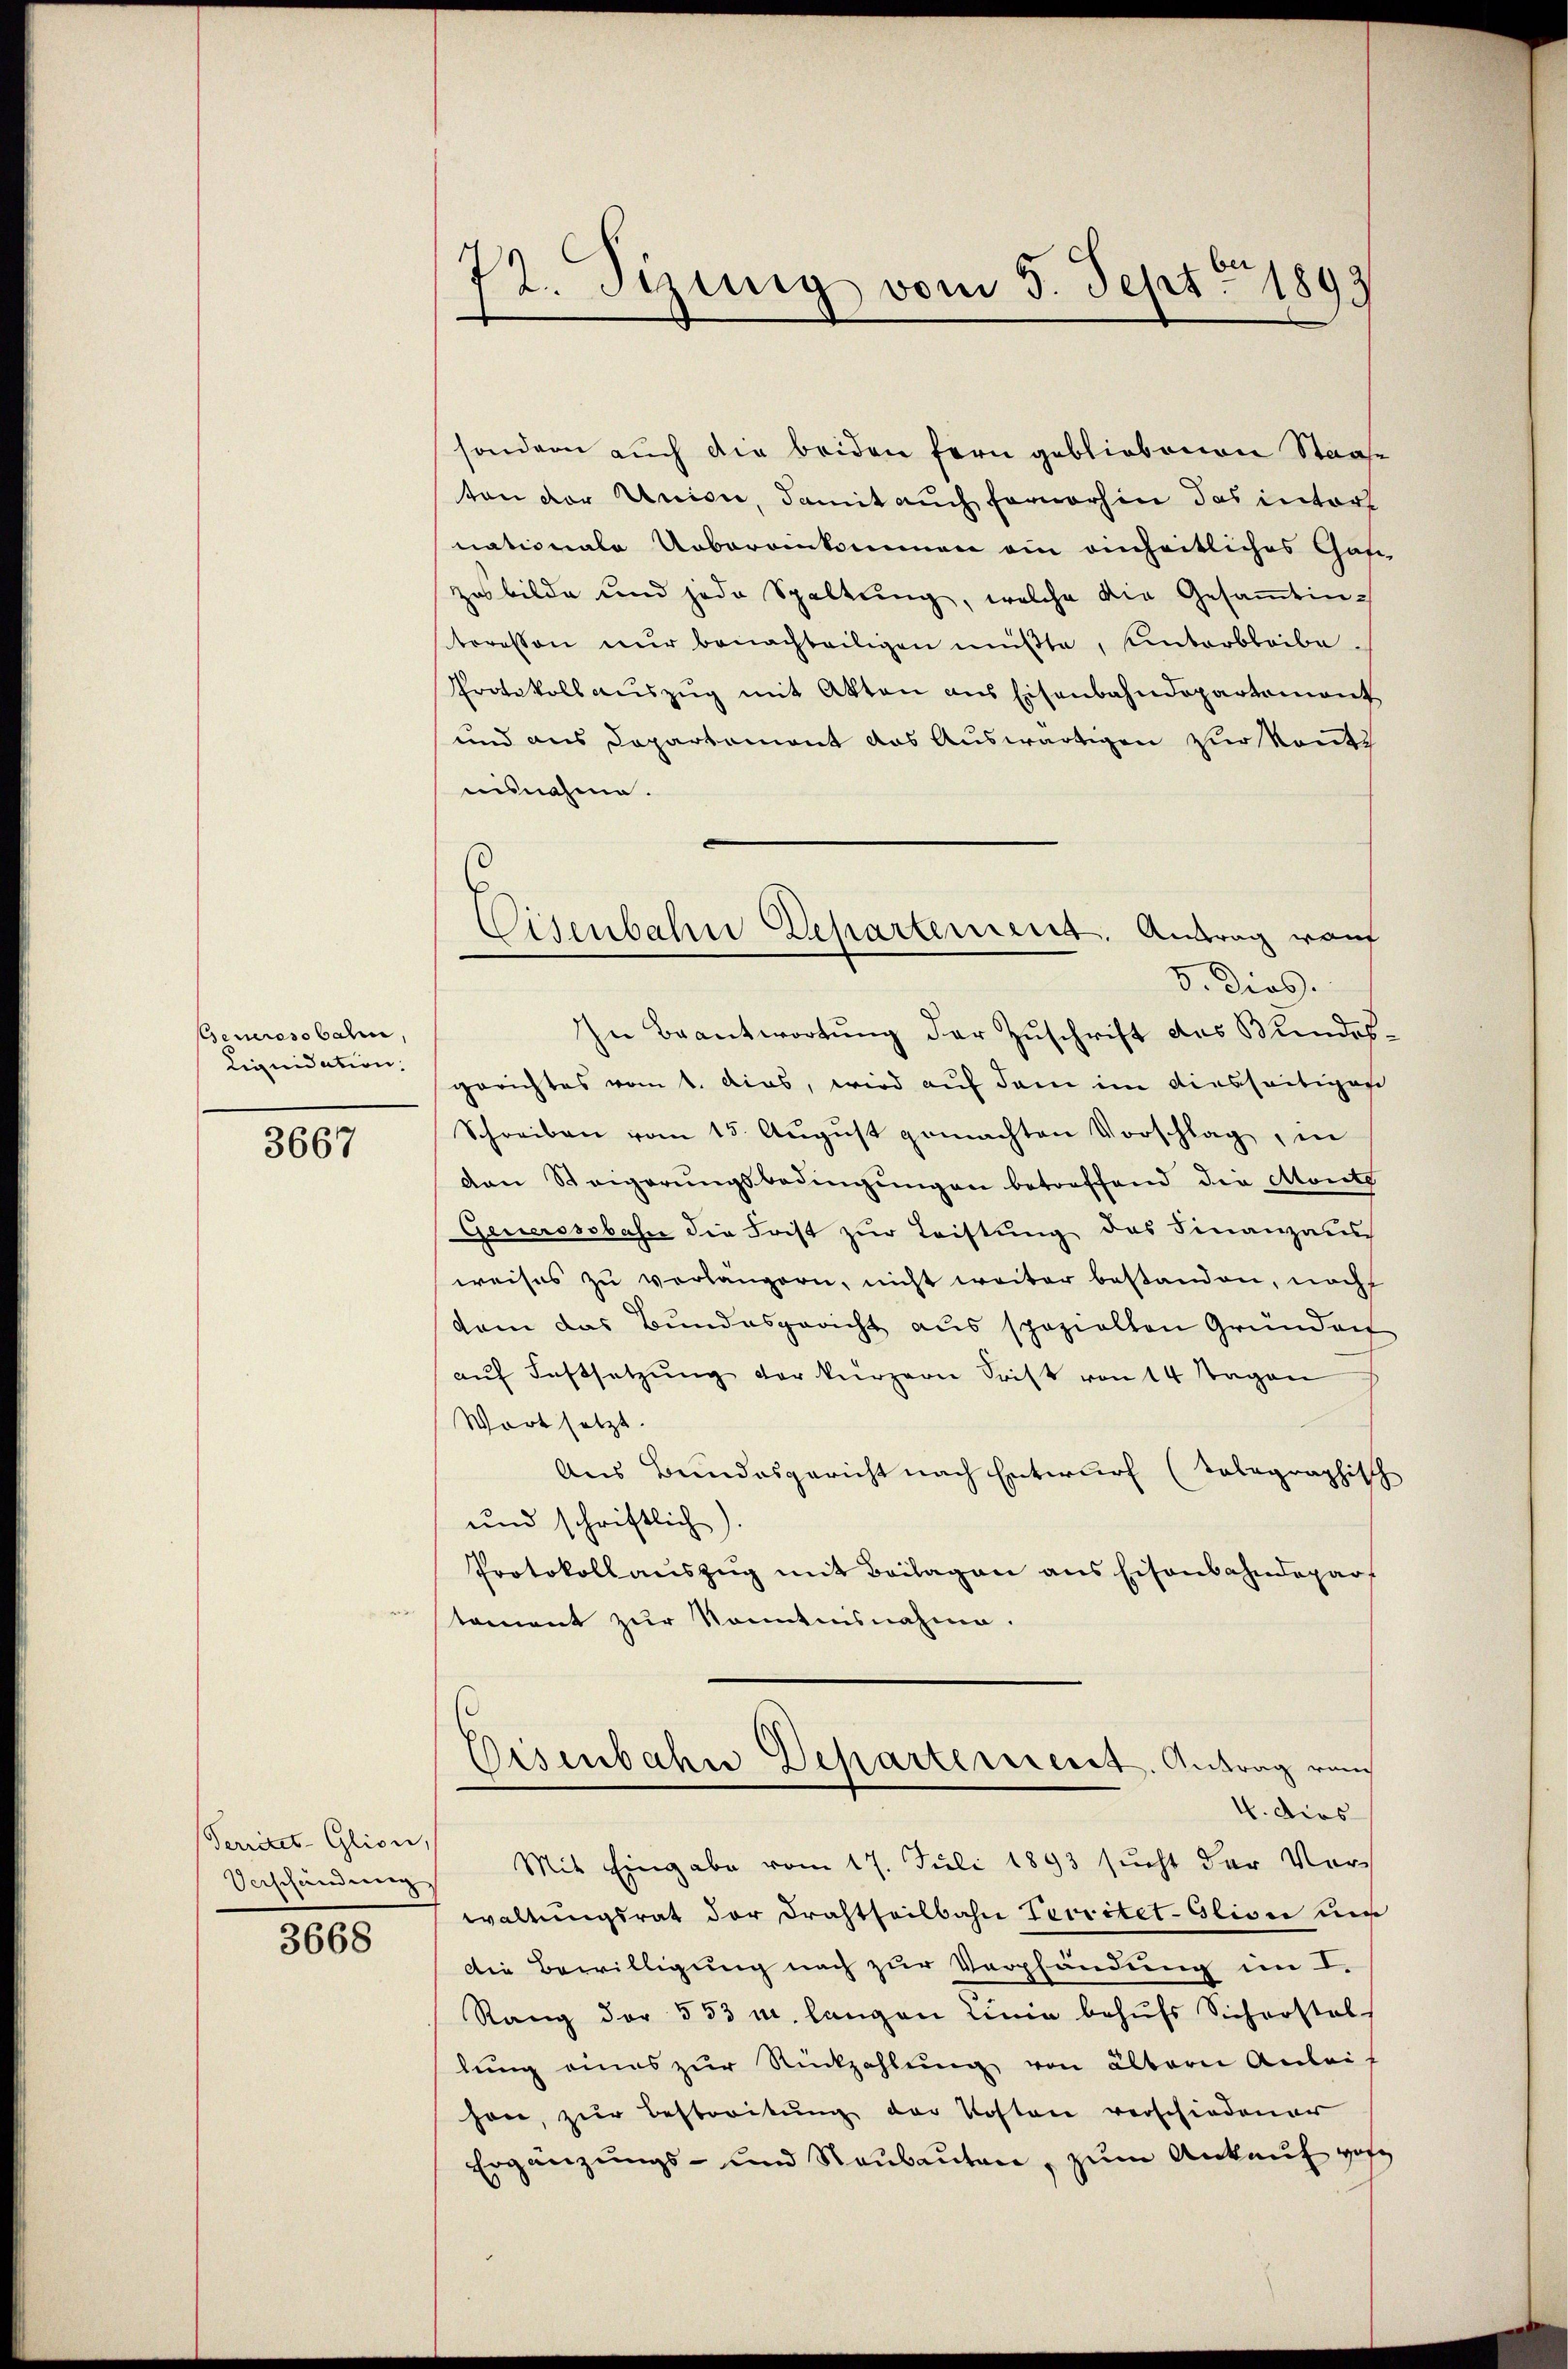
Generosobahn,
Liquidation.

3667

Perritet-Glion,

3668

sondern auch die beiden fern gebliebenen Staate
ton der Union, damit auch fernerhin das interl
nationale Uebereinkommen ein einheitliches Gaszes bilde und jede Spaltung, welche die Gesaṁtinsteresson nŭr benachteiligen müßte, unterbleibe.
Protokoll aŭszŭg mit Akten aus Eisenbahndepartemont
und aus Departement das Auswärtigen zur konnte
ausnahme.
V. Dies.
In Beantwortung der Zuschrift des Bundesgerichtes vom 1. dies, wird auf dem im diesseitiges
Schreiben vom 15. Aŭgŭst gemachten Vorschlag, in
den Steigerŭngsbedingŭngen betreffend die Monte
Genersssbahn die Frist zŭr Leistŭng des Finanzaus
weises zu verlängern, nicht weiter bestanden, nach
dem das Bundesgericht aus spazielten Gründen
aŭf Festsetzŭng der kürzern Frist von 14 Tagen
Wortsetzt.
Aus Bundesgericht nach Entwurf (tolographisch
und schriftlich
Protokollauszug mit Beilagen aus Eisenbahndepart
toment zur Kenntnisnahme.
Eisenbahne Departement. Antrag von
4. dies
Verschändung Mit Eingabe vom 17. Juli 1893 sucht der Verwaltungsrat der Drahtheilbahn Territet-Glion un
Die Bewilligung nach zur Verpfändung im I.
Rang der 553 u. langen Linie behufs Sichrostel
lung eines zur Rückzahlung von ältern Anleih
hon, zur Bestorikung der Kosten verschiedener
Ergänzungs- und Raubauten, zum Ankauf vorg

72. Sizung vom 5. Sept. 1893

Eisenbahn Departement. Antrag rauf